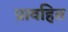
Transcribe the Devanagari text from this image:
प्रावहित